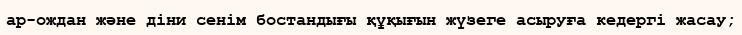
ар-ождан және діни сенім бостандығы құқығын жүзеге асыруға кедергі жасау;